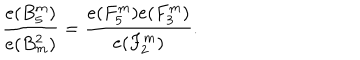
LaTeX: { \frac { e ( B _ { 5 } ^ { m } ) } { e ( B _ { m } ^ { 2 } ) } } = { \frac { e ( F _ { 5 } ^ { m } ) e ( F _ { 3 } ^ { m } ) } { e ( F _ { 2 } ^ { m } ) } } .